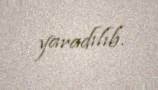
yaradılıb.